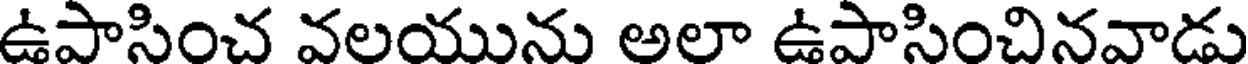
ఉపాసించ వలయును అలా ఉపాసించినవాడు